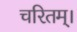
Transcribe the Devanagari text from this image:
चरितम्।